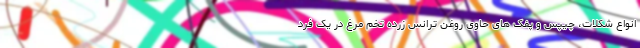
انواع شکلات، چیپس و پفک های حاوی روغن ترانس زرده تخم مرغ در یک فرد